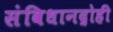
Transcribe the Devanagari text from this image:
संविधानद्रोही